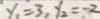
y _ { 1 } = 3 , y _ { 2 } = - 2